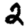
Digit: 2